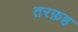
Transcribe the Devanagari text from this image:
तरफ़ह